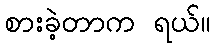
စားခဲ့တာက ရယ်။